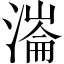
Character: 𣼍